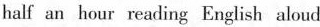
half an hour reading English aloud